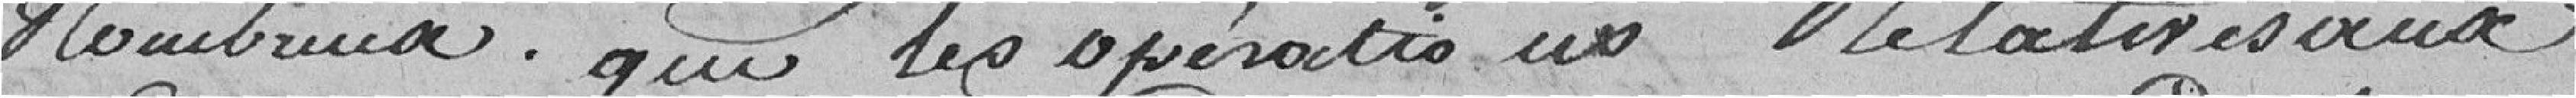
nombreux que les opérations relatives aux